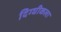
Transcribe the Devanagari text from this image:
दिग्घीकला